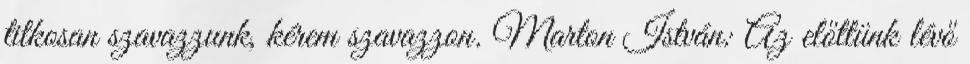
titkosan szavazzunk, kérem szavazzon. Marton István: Az előttünk lévő